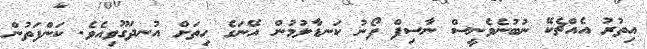
އިތުރު އެއްޗެކޭ ނުބުނެވެނީސް ނާސިފް ފޯނު ކަނޑާލުމުން އޭނަގެ ހިތަށް އުނދަގޫވިއެވެ. ކަންފަތުން